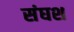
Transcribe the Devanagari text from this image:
संघश